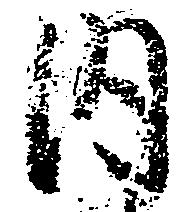
内